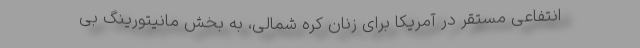
انتفاعی مستقر در آمریکا برای زنان کره شمالی، به بخش مانیتورینگ بی